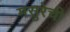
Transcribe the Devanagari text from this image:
मसुरेची